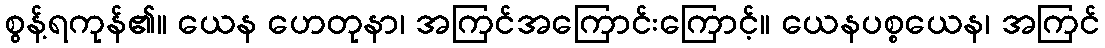
စွန့်ရကုန်၏။ ယေန ဟေတုနာ၊ အကြင်အကြောင်းကြောင့်။ ယေနပစ္စယေန၊ အကြင်